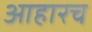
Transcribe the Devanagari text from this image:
आहारच